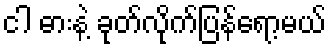
ငါ ဓားနဲ့ ခုတ်လိုက်ပြန်ရော့မယ်